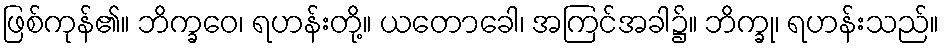
ဖြစ်ကုန်၏။ ဘိက္ခဝေ၊ ရဟန်းတို့။ ယတောခေါ၊ အကြင်အခါ၌။ ဘိက္ခု၊ ရဟန်းသည်။